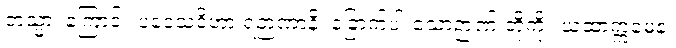
တသ္မာ၊ ကြောင့်။ ပဒေသဝိဟာ ရဉာဏာနိ၊ ခြောက်ပါးသောဉာဏ် တို့ကို။ ယထာက္ကမေန၊